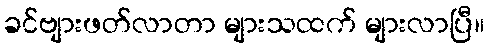
ခင်ဗျားဖတ်လာတာ များသထက် များလာပြီ။